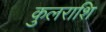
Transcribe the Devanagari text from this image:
कुलराशि